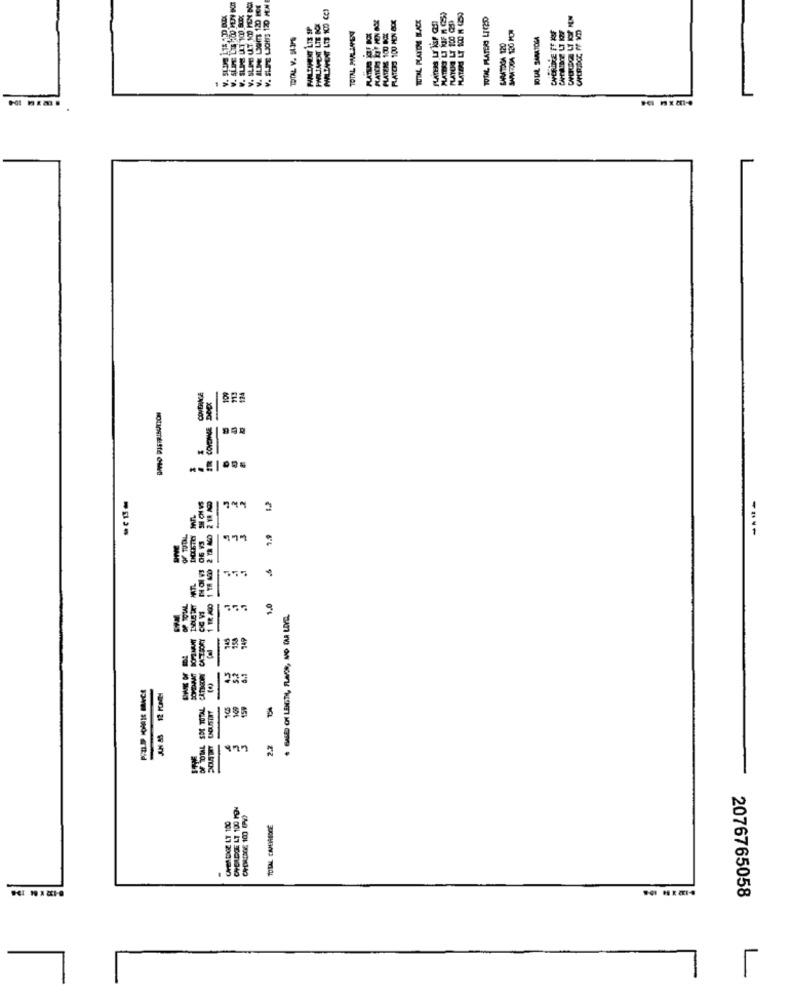
TOTAL PLAYER BACK
TOTAL PLATHAS LT(2SO
TOTAL V. 51.3MS
TOTAL PAR 1464
KN
124
COVENE DOCT
OF TOTAL
-
3
2'5
2
CHEN DAGE LT 100
TOTAL CAVERNOCE
8
2076765058
L